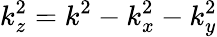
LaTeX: k_{z}^{2}=k^{2}-k_{x}^{2}-k_{y}^{2}